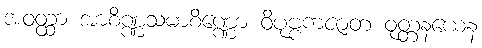
အဝတ္ထာ အာစိဏ္ဏသမာစိဏ္ဏော ဝိပုဗ္ဗကဇာတံ ဝုတ္တနယေန